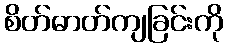
စိတ်ဓာတ်ကျခြင်းကို